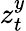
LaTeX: z_{t}^{y}